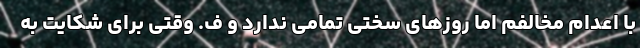
با اعدام مخالفم اما روزهای سختی تمامی ندارد و ف. وقتی برای شکایت به